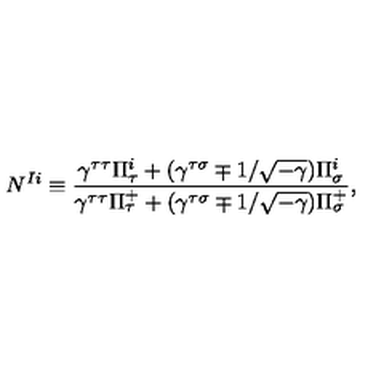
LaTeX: N ^ { I i } \equiv \frac { \gamma ^ { \tau \tau } \Pi _ { \tau } ^ { i } + ( \gamma ^ { \tau \sigma } \mp 1 / \sqrt { - \gamma } ) \Pi _ { \sigma } ^ { i } } { \gamma ^ { \tau \tau } \Pi _ { \tau } ^ { + } + ( \gamma ^ { \tau \sigma } \mp 1 / \sqrt { - \gamma } ) \Pi _ { \sigma } ^ { + } } ,